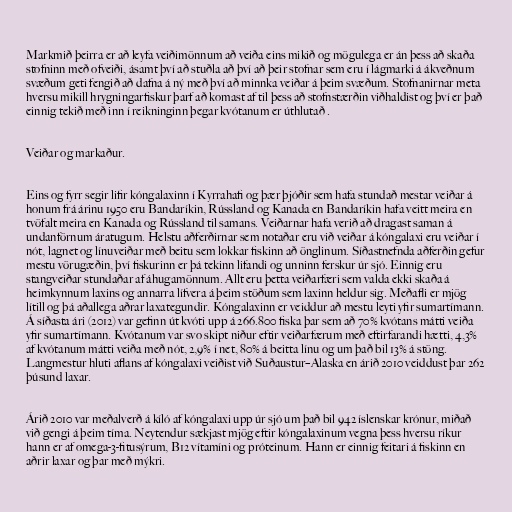
Markmið þeirra er að leyfa veiðimönnum að veiða eins mikið og mögulega er án þess að skaða
stofninn með ofveiði, ásamt því að stuðla að því að þeir stofnar sem eru í lágmarki á ákveðnum
svæðum geti fengið að dafna á ný með því að minnka veiðar á þeim svæðum. Stofnanirnar meta
hversu mikill hrygningarfiskur þarf að komast af til þess að stofnstærðin viðhaldist og því er það
einnig tekið með inn í reikninginn þegar kvótanum er úthlutað .

Veiðar og markaður.

Eins og fyrr segir lifir kóngalaxinn í Kyrrahafi og þær þjóðir sem hafa stundað mestar veiðar á
honum frá árinu 1950 eru Bandaríkin, Rússland og Kanada en Bandaríkin hafa veitt meira en
tvöfalt meira en Kanada og Rússland til samans. Veiðarnar hafa verið að dragast saman á
undanförnum áratugum. Helstu aðferðirnar sem notaðar eru við veiðar á kóngalaxi eru veiðar í
nót, lagnet og línuveiðar með beitu sem lokkar fiskinn að önglinum. Síðastnefnda aðferðin gefur
mestu vörugæðin, því fiskurinn er þá tekinn lifandi og unninn ferskur úr sjó. Einnig eru
stangveiðar stundaðar af áhugamönnum. Allt eru þetta veiðarfæri sem valda ekki skaða á
heimkynnum laxins og annarra lífvera á þeim stöðum sem laxinn heldur sig. Meðafli er mjög
lítill og þá aðallega aðrar laxategundir. Kóngalaxinn er veiddur að mestu leyti yfir sumartímann.
Á síðasta ári (2012) var gefinn út kvóti upp á 266.800 fiska þar sem að 70% kvótans mátti veiða
yfir sumartímann. Kvótanum var svo skipt niður eftir veiðarfærum með eftirfarandi hætti, 4,3%
af kvótanum mátti veiða með nót, 2,9% í net, 80% á beitta línu og um það bil 13% á stöng.
Langmestur hluti aflans af kóngalaxi veiðist við Suðaustur–Alaska en árið 2010 veiddust þar 262
þúsund laxar.

Árið 2010 var meðalverð á kíló af kóngalaxi upp úr sjó um það bil 942 íslenskar krónur, miðað
við gengi á þeim tíma. Neytendur sækjast mjög eftir kóngalaxinum vegna þess hversu ríkur
hann er af omega-3-fitusýrum, B12 vítamíni og próteinum. Hann er einnig feitari á fiskinn en
aðrir laxar og þar með mýkri.